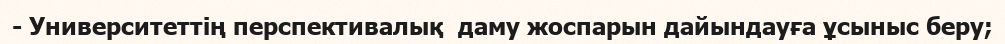
- Университеттің перспективалық  даму жоспарын дайындауға ұсыныс беру;